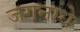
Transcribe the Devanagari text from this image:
जगनाधे